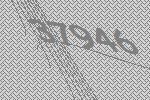
37946